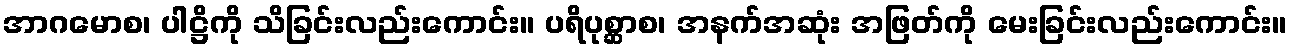
အာဂမောစ၊ ပါဋ္ဌိကို သိခြင်းလည်းကောင်း။ ပရိပုစ္ဆာစ၊ အနက်အဆုံး အဖြတ်ကို မေးခြင်းလည်းကောင်း။